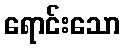
ရောင်းသော